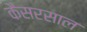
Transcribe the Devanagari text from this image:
कैसरसाल